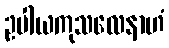
ဥပါယကုသလေနာဟံ